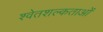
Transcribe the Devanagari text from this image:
श्वेतशल्कताओं